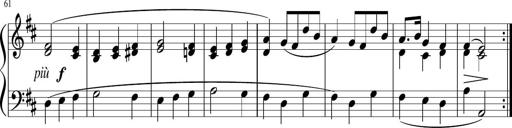
Title: 12 Keyboard Sonatinas
Composer: James Hook